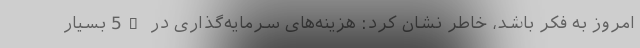
امروز به فکر باشد، خاطر نشان کرد: هزینه‌های سرمایه‌گذاری در 5G بسیار